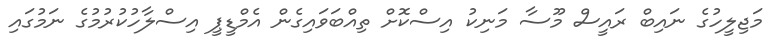
މަޖިލީހުގެ ނައިބް ރައީސް މޫސާ މަނިކު އިސްކޮށް ތިއްބަވައިގެން އެމްޑީޕީ އިސްލާހުކުރުމުގެ ނަމުގައި